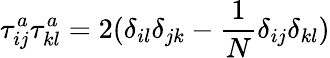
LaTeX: \tau_{ij}^{a}\tau_{kl}^{a}=2(\delta_{il}\delta_{jk}-\frac{1}{N}\delta_{ij}\delta_{kl})